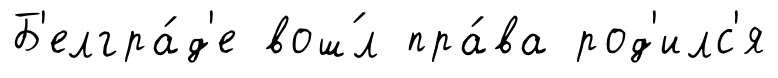
Б'елгра́д'е вош́л пра́ва род'илс'я